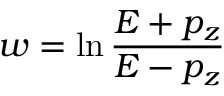
w = \ln { \frac { E + p _ { z } } { E - p _ { z } } }